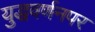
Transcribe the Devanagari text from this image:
युद्धवर्णनपर